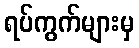
ရပ်ကွက်များမှ